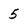
Character: 5